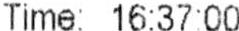
TIME: 16:37:00